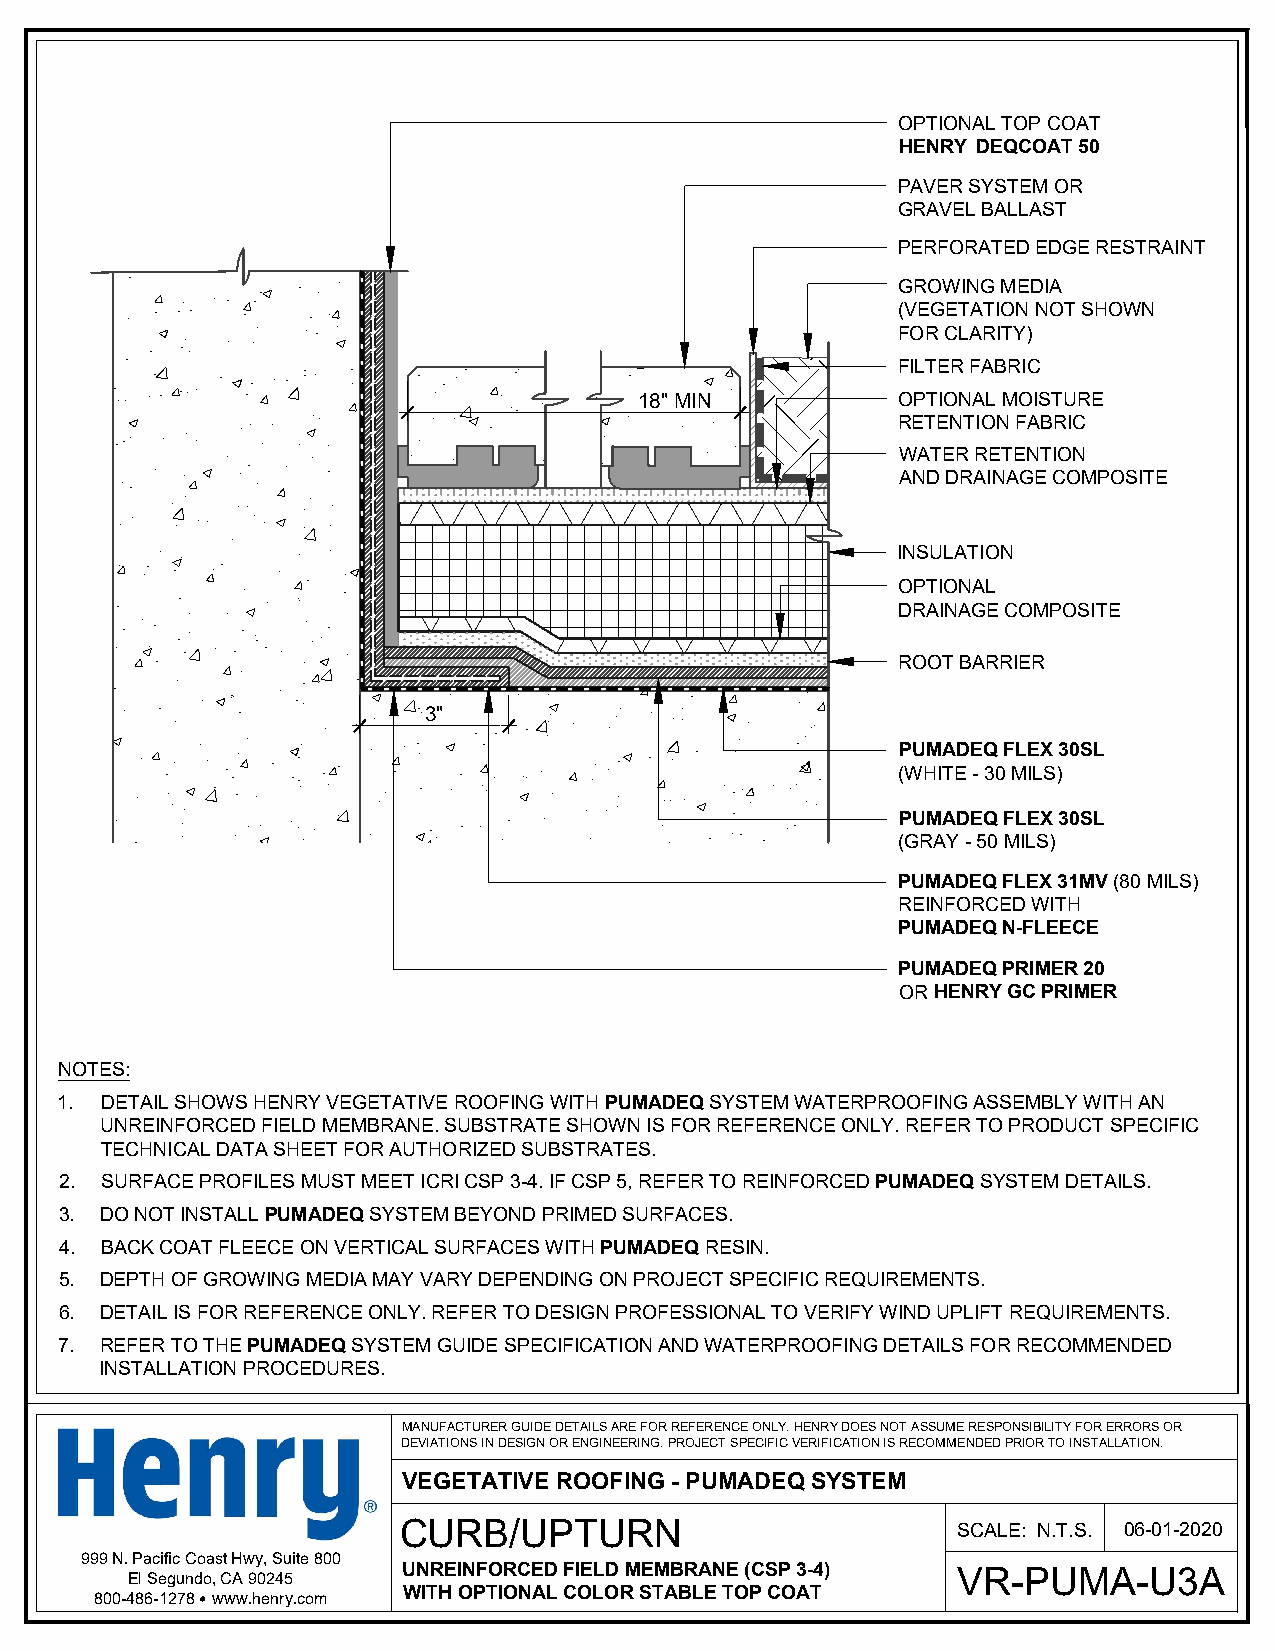
OPTIONAL TOP COAT
 HENRY DEQCOAT 50
 PAVER SYSTEM OR
 GRAVEL BALLAST
 PERFORATED EDGE RESTRAINT
 GROWING MEDIA
 (VEGETATION NOT SHOWN
 FOR CLARITY)
 FILTER FABRIC
 18" MIN          OPTIONAL MOISTURE
 RETENTION FABRIC
 WATER RETENTION
 AND DRAINAGE COMPOSITE
 INSULATION
 OPTIONAL
 DRAINAGE COMPOSITE
 ROOT BARRIER
 3"
 PUMADEQ FLEX 30SL
 (WHITE - 30 MILS)
 PUMADEQ FLEX 30SL
 (GRAY - 50 MILS)
 PUMADEQ FLEX 31MV (80 MILS)
 REINFORCED WITH
 PUMADEQ N-FLEECE
 PUMADEQ PRIMER 20
 OR HENRY GC PRIMER
 NOTES:
 1. DETAIL SHOWS HENRY VEGETATIVE ROOFING WITH PUMADEQ SYSTEM WATERPROOFING ASSEMBLY WITH AN
 UNREINFORCED FIELD MEMBRANE. SUBSTRATE SHOWN IS FOR REFERENCE ONLY. REFER TO PRODUCT SPECIFIC
 TECHNICAL DATA SHEET FOR AUTHORIZED SUBSTRATES.
 2. SURFACE PROFILES MUST MEET ICRI CSP 3-4. IF CSP 5, REFER TO REINFORCED PUMADEQ SYSTEM DETAILS.
 3. DO NOT INSTALL PUMADEQ SYSTEM BEYOND PRIMED SURFACES.
 4. BACK COAT FLEECE ON VERTICAL SURFACES WITH PUMADEQ RESIN.
 5. DEPTH OF GROWING MEDIA MAY VARY DEPENDING ON PROJECT SPECIFIC REQUIREMENTS.
 6. DETAIL IS FOR REFERENCE ONLY. REFER TO DESIGN PROFESSIONAL TO VERIFY WIND UPLIFT REQUIREMENTS.
 7. REFER TO THE PUMADEQ SYSTEM GUIDE SPECIFICATION AND WATERPROOFING DETAILS FOR RECOMMENDED
 INSTALLATION PROCEDURES.
 MANUFACTURER GUIDE DETAILS ARE FOR REFERENCE ONLY. HENRY DOES NOT ASSUME RESPONSIBILITY FOR ERRORS OR
 DEVIATIONS IN DESIGN OR ENGINEERING. PROJECT SPECIFIC VERIFICATION IS RECOMMENDED PRIOR TO INSTALLATION.
 VEGETATIVE ROOFING - PUMADEQ SYSTEM
 CURBUPTURN                           SCALE: N.T.S. 06-01-2020
 999 N. Pacific Coast Hwy, Suite 800
 UNREINFORCED FIELD MEMBRANE (CSP 3-4) VR-PUMA-U3A
 El Segundo, CA 90245
 WITH OPTIONAL COLOR STABLE TOP COAT
 800-486-1278 www.henry.com